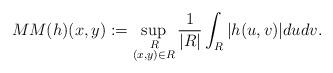
LaTeX: \begin{align*} MM(h)(x,y):=\sup_{\substack{ \, R \\ (x,y)\in R}}\frac{1}{|R|}\int_{R}|h(u,v)|dudv.\end{align*}